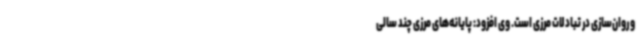
و روان‌سازی در تبادلات مرزی است. وی افزود: پایانه‌های مرزی چند سالی